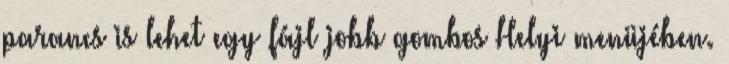
parancs is lehet egy fájl jobb gombos Helyi menüjében.